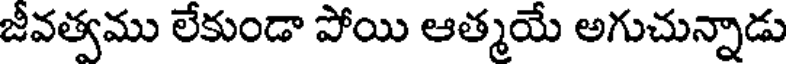
జీవత్వము లేకుండా పోయి ఆత్మయే అగుచున్నాడు